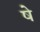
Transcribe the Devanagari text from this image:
षे